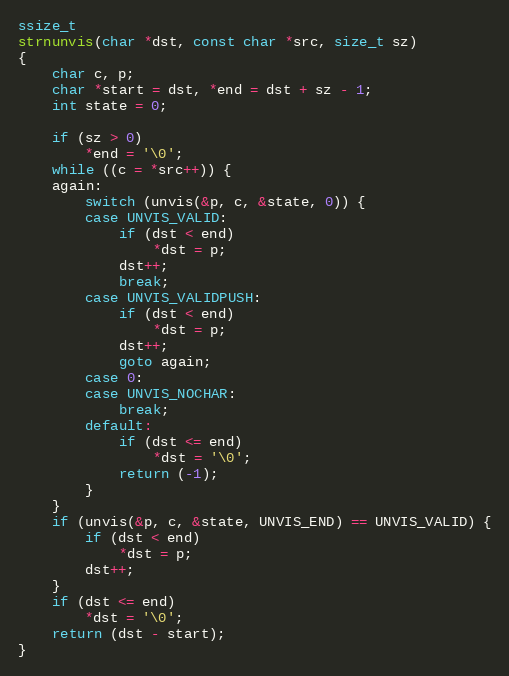
Language: C
ssize_t
strnunvis(char *dst, const char *src, size_t sz)
{
	char c, p;
	char *start = dst, *end = dst + sz - 1;
	int state = 0;

	if (sz > 0)
		*end = '\0';
	while ((c = *src++)) {
	again:
		switch (unvis(&p, c, &state, 0)) {
		case UNVIS_VALID:
			if (dst < end)
				*dst = p;
			dst++;
			break;
		case UNVIS_VALIDPUSH:
			if (dst < end)
				*dst = p;
			dst++;
			goto again;
		case 0:
		case UNVIS_NOCHAR:
			break;
		default:
			if (dst <= end)
				*dst = '\0';
			return (-1);
		}
	}
	if (unvis(&p, c, &state, UNVIS_END) == UNVIS_VALID) {
		if (dst < end)
			*dst = p;
		dst++;
	}
	if (dst <= end)
		*dst = '\0';
	return (dst - start);
}